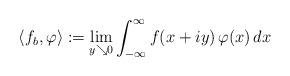
LaTeX: \begin{align*} \langle f_b, \varphi \rangle := \lim_{y\searrow 0} \int_{-\infty}^{\infty} f(x+iy) \, \varphi(x) \,dx \end{align*}